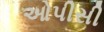
ઓપીસી